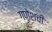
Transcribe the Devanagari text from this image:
गणेशची